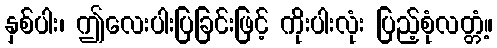
နှစ်ပါး၊ ဤလေးပါးပြခြင်းဖြင့် ကိုးပါးလုံး ပြည့်စုံလတ္တံ့။